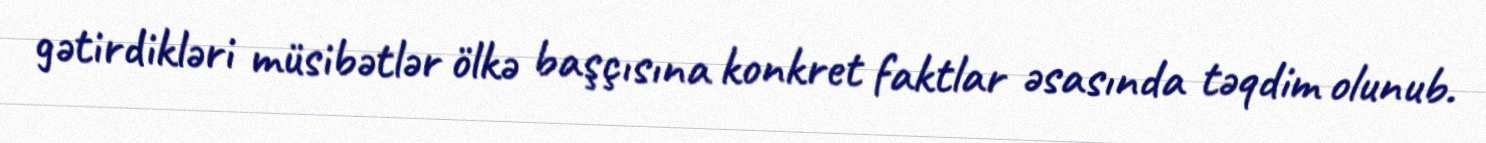
gətirdikləri müsibətlər ölkə başçısına konkret faktlar əsasında təqdim olunub.